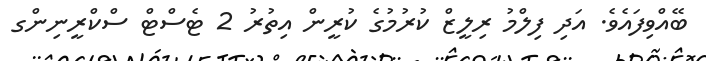
ބޭއްވިފައެވެ. އަދި ފިލްމު ރިލީޒް ކުރުމުގެ ކުރީން އިތުރު 2 ޓެސްޓް ސްކްރީނިންގ